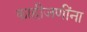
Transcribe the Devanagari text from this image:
काहीजणींना